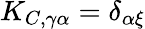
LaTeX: K_{C,\gamma\alpha}=\delta_{\alpha\xi}